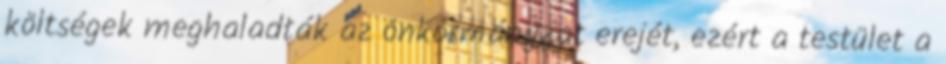
költségek meghaladták az önkormányzat erejét, ezért a testület a